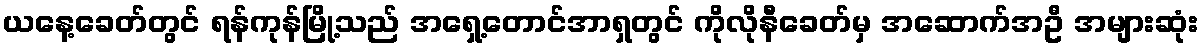
ယနေ့ခေတ်တွင် ရန်ကုန်မြို့သည် အရှေ့တောင်အာရှတွင် ကိုလိုနီခေတ်မှ အဆောက်အဦ အများဆုံး